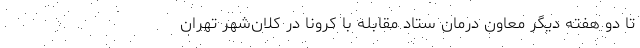
تا دو هفته دیگر معاون درمان ستاد مقابله با کرونا در کلان‌شهر تهران